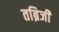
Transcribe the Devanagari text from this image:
तब्रिजी